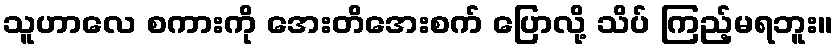
သူဟာလေ စကားကို အေးတိအေးစက် ပြောလို့ သိပ် ကြည့်မရဘူး။